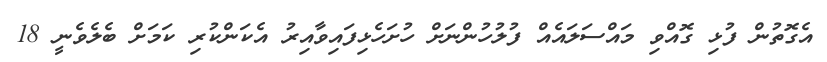
އެގޮތުން ފުޅި ގޮއްވި މައްސަލައެއް ފުލުހުންނަށް ހުށަހެޅިފައިވާއިރު އެކަންކުރި ކަމަށް ބެލެވެނީ 18